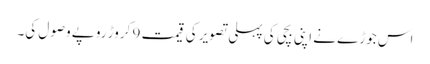
اس جوڑے نے اپنی بچی کی پہلی تصویر کی قیمت 9 کروڑ روپے وصول کی۔